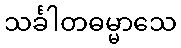
သင်္ခါတဓမ္မာသေ